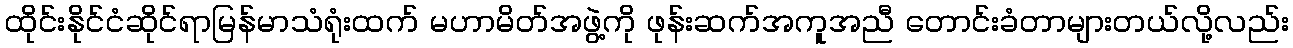
ထိုင်းနိုင်ငံဆိုင်ရာမြန်မာသံရုံးထက် မဟာမိတ်အဖွဲ့ကို ဖုန်းဆက်အကူအညီ တောင်းခံတာများတယ်လို့လည်း